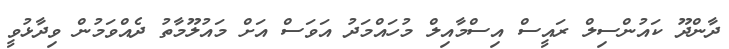
ދާންދޫ ކައުންސިލް ރައީސް އިސްމާއިލް މުހައްމަދު އަވަސް އަށް މައުލޫމާތު ދެއްވަމުން ވިދާޅުވީ